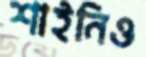
শাইনিও